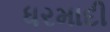
ધરમાદી